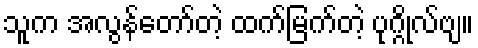
သူက အလွန်တော်တဲ့ ထက်မြက်တဲ့ ပုဂ္ဂိုလ်ဗျ။